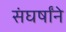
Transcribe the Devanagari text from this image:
संघर्षांने